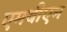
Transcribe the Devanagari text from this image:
एमबीएम